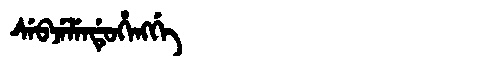
Manchu: ᠰᡝᠪᠵᡝᠯᡝᠨᡩᡠᡥᡝᠩᡤᡝ
Romanization: SEBJELENDUHENGGE